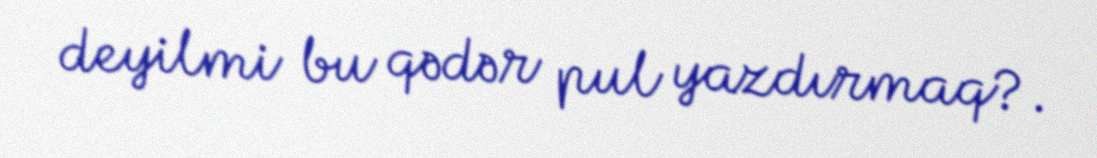
deyilmi bu qədər pul yazdırmaq?.